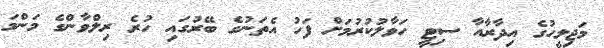
މަޖިލީހުގެ އިދާރާއާ ސިޓީ ހަވާލުކުރުމަށް ފަހު އެތަނުގެ ބޭރުގައި ހުރެ ރިލްވާންގެ މަންމަ